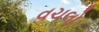
વચલો